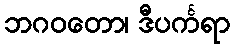
ဘဂဝတော၊ ဒီပင်္ကရာ